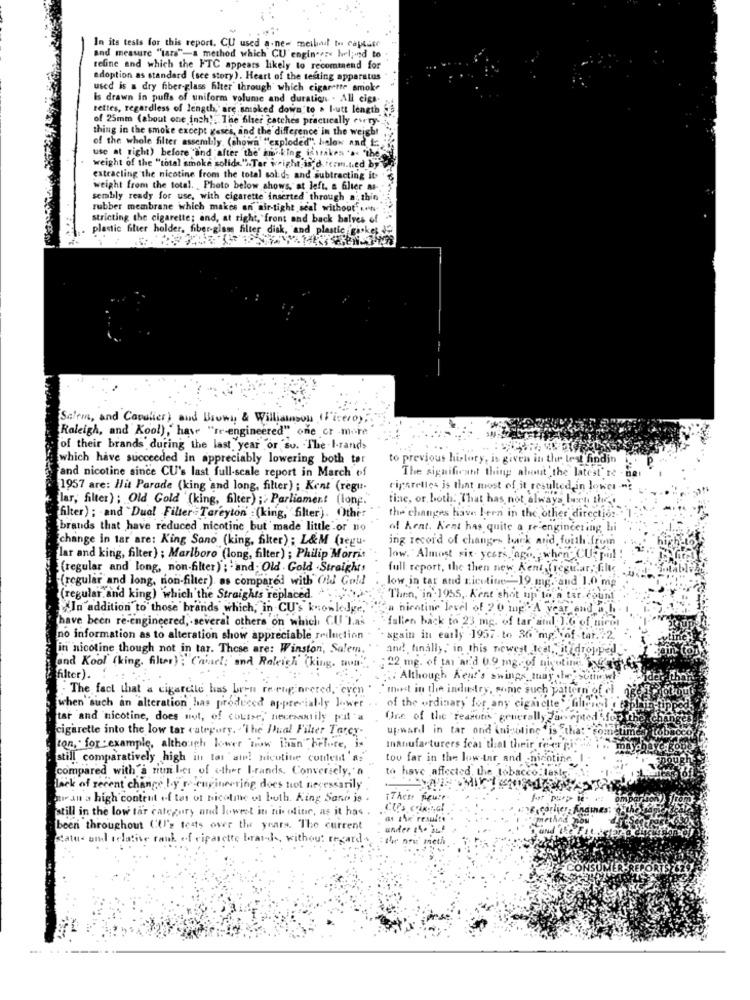
In its tests for this report. CU used a.ne- metbout to capeser
and measure "tara"-a method which CU engineers hel;ind to
refine and which the FTC appears likely to recommend for
adoption as standard (sce story). Heart of the testing apparatus
used is a dry fiber-glass filter through which cigarette smoke
Is drawn in pulls of uniform volume and duration . All cigs-
tettes, regardless of length, are smoked down'to . I-utt length
of 25mm (about one inch). The filter catches practically every.
thing in the smoke except gases, and the difference' in the weight
of the whole filter assembly. (shown ""exploded", below and I.
use at right) before and after the' in king istaken ">< "the
weight of the "total smoke solide.".Tar weight is"d ferm.t.ed by
extracling the nicotine from the total sol:d: and subtracting it "
weight from the total. , Photo below shows, at left, a filter as-
sembly ready for use, with cigarette inserted through a thin
rubber membrane which makes an air-tight seal without on
stricting the cigarette; and, at right, front and back balves of
plastic filter holder, fiber-glass filter disk, and plastic giske; Jf
Salem, and Cavalier) and Brown & Williamson IF iseroy;
Raleigh, and Kool) ," have "rr-engineered" one or more
of their brands during the last year or su. The I-rands
which have succeeded in appreciably lowering both tar
to previous history, is given in the lest findin
The significant thing about the latest' re -
and nicotine since CU's last full-scale report in March of
1957 are: Hit Parade (king and long, filter) ; Kent (regu-
ciparelles is that most of it resulted in lower -"?
lar, filter) ; Old Gold (king, filter) ; Parliament (long.
tine, or both: That has not always been the
filter) ; and "Dual Filter Tareyton :(king,"filter). Othe:
the changes have Iern in the other direction."
brands that have reduced nicotine but made little or no
of Kent. Kent has quite a re engineering bi
change in tar are: King Sano (king, filter) : L&M (segu-
ing record of changes back and forth from
lar and king, filter) ; Marlboro (long, filter) ; Philip Morris
low. Almost six years ago. when CURpol !
(regular and long, non-filter) ; and. Old . Gold .Straights
full report, the then new Kent fregular, fille
(regular and long, tion-filter) as compared with Old Gold
low in tar aud nicotine "-19. mg. and 1.0 mp
(regular and king) which the Straights replaced.
Then, in 1955, A'ent shot up to a ter.count
In addition to those brands which, in CU's knowledge,
"a nicotine level of 20 mg ' A year end a b.
thave been re-engineered, several others on which CU las
fallen back to 23 mg. of tar and J.G of nicos
no information as to alteration show appreciable reduction . . again in early 1957. to 36 mg- of-tat.72.
in nicotine though not in tar. These are: Winston, Salem."
and! finally, in this newest teat," it dropped
and Kool (king. filter) ;" Caiael; and Raleigh (king. aun'. "
:22 mg. of tar ar.d 0.9 mg. of nicotine, fog gy
filter). . .:
;; Although Kent's swings may .he's
The fact that a cigarette has been re-engineered, even " ""minst in the industry, some such pattern of il
when such an alteration has produced apprecially lower ..
of the ordinary for any cigarettes filterel . top
tar and nicotine, does not, of course, necessarily pal 'a
One of the reasons generally accepted for the
OF the chan
cigarette into the low tar category, 'The Dual Filter Tarey.
upward in tar ond inicoline * is that
netimes tob
Lob
con, for example, although lower now than before, is
Inanufacturers ical that their rever pi. Cz;
mayohave gont
still comparatively high in tar ain! nicotine cotent'a;"
tou far in the low-tar and -nicotine
compared with a number of other Brands. Conversely, a
to have affected the tobacco.
lack of recent change by reengineering does not necessarily
are an a high content of tas of bicotme of both. King Sano is
These fruit
still in the low tar category and lowest in ni oline, as it has .
CUP's cinsel
at the results
been throughout CUI's tests over the years. The current
under a4. auf
statu- und relative rank of cigarette braisk, without regard
thr nou, meth